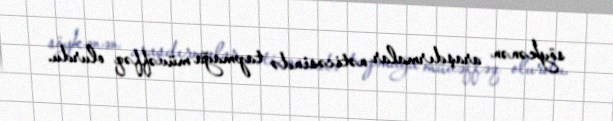
söykənən araşdırmalar nəticəsində tapmağa müvəffəq olurdu.